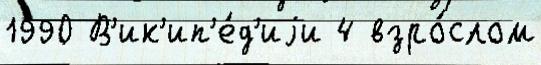
1990 В'ик'ип'е́д'иjи 4 взро́слом